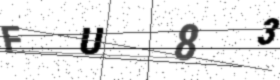
Text: FU83